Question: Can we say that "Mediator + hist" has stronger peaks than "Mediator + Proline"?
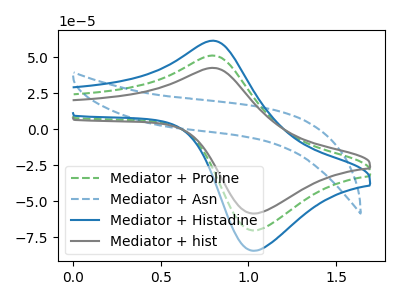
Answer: <think>The green dashed curve "Mediator + Proline" has an anodic peak at (0.80V, 51.15uA) and a cathodic peak at (1.05V, -70.15uA). The blue dashed curve "Mediator + Asn" has no peaks. The blue curve "Mediator + Histadine" has an anodic peak at (0.80V, 102.30uA) and a cathodic peak at (1.05V, -140.25uA). The gray curve "Mediator + hist" has an anodic peak at (0.80V, 42.60uA) and a cathodic peak at (1.05V, -58.40uA).</think>
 <answer>Every peak in "Mediator + hist" is lower than every peak in "Mediator + Proline".</answer>
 <eval>lower</eval>